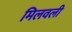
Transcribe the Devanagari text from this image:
मिलवली